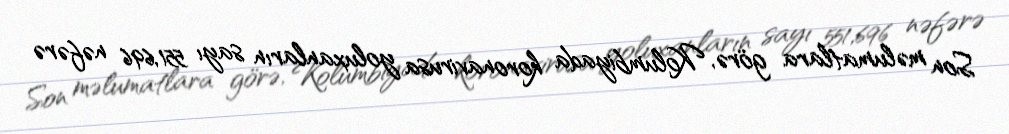
Son məlumatlara görə, Kolumbiyada koronavirusa yoluxanların sayı 551,696 nəfərə